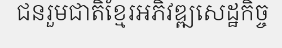
ជនរួមជាតិខ្មែរអភិវឌ្ឍសេដ្ឋកិច្ច